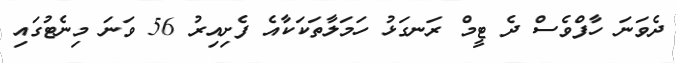
ދެވަނަ ހާފްވެސް ދެ ޓީމް ރަނގަޅު ހަމަލާތަކަކާއެ ފެށިއިރު 56 ވަނަ މިނެޓުގައި